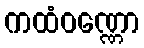
ကထံဝဏ္ဏော